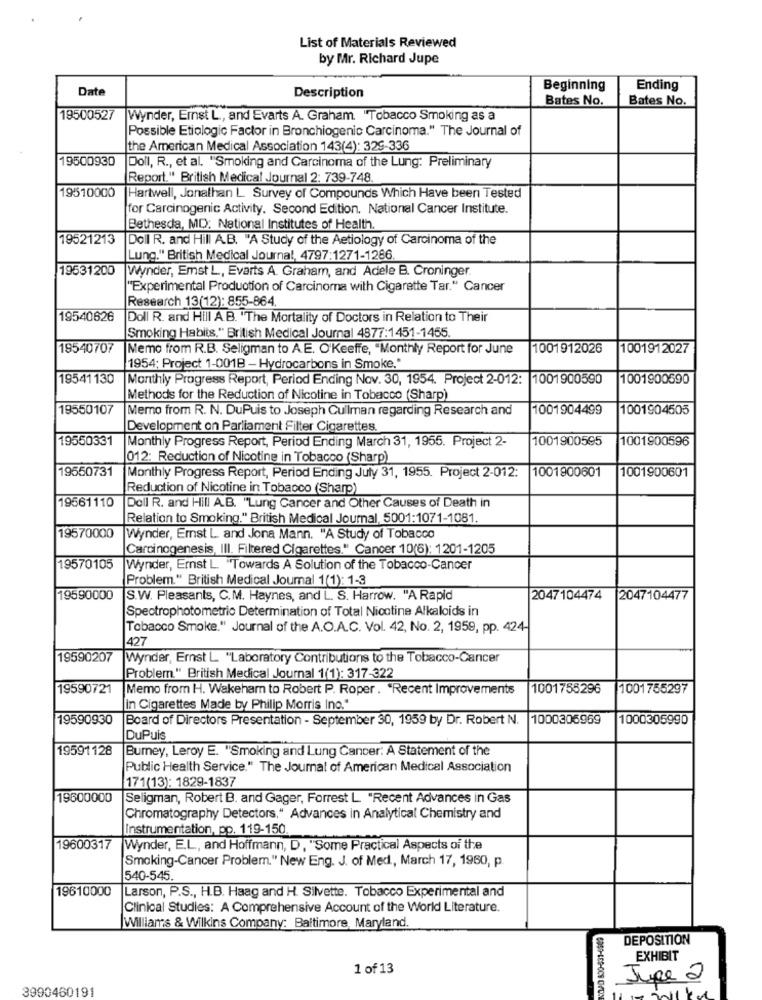
List of Materials Reviewed
by Mr. Richard Jupe
Date
Beginning
Ending
Description
Bates No.
Bates No.
19500527
Wynder, Ernst L ., and Evarts A. Graham. "Tobacco Smoking as a
Possible Etiologic Factor in Bronchiogenic Carcinoma." The Journal of
the American Medical Association 143(4): 329-336
19500930
Doll, R ., et al. "Smoking and Carcinoma of the Lung: Preliminary
Report." British Medical Journal 2: 739-748
19510000
Hartwell, Jonathan L. Survey of Compounds Which Have been Tested
for Carcinogenic Activity. Second Edition. National Cancer Institute.
Bethesda, MD: National Institutes of Health.
19521213
Doll R. and Hill A.B. "A Study of the Aetiology of Carcinoma of the
Lung." British Medical Journal, 4797:1271-1286
19531200
Wynder, Emst L, Evarts A. Graham, and Adele B. Croninger
"Experimental Production of Carcinoma with Cigarette Tar." Cancer
Research 13(12): 855-864.
19540626
Doll R. and Hill A.B. "The Mortality of Doctors in Relation to Their
Smoking Habits," British Medical Journal 4877:1451-1455.
19540707
Memo from R.B. Seligman to A.E. O'Keeffe, "Monthly Report for June
1001912026
1001912027
1954; Project 1-001B - Hydrocarbons in Smoke."
19541 130
Monthly Progress Report, Period Ending Nov. 30, 1954. Project 2-012:
1001900590
1001900590
Methods for the Reduction of Nicotine in Tobacco (Sharp)
19550107
Memo from R. N. DuPuis to Joseph Cullman regarding Research and
1001904499
1001904505
Development on Parliament Filter Cigarettes.
19550331
1001900595
1001900596
Monthly Progress Report, Period Ending March 31, 1955. Project 2-
012: Reduction of Nicotine in Tobacco (Sharp)
19550731
1001900601
Monthly Progress Report, Period Ending July 31, 1955. Project 2-012:
1001900601
Reduction of Nicotine in Tobacco (Sharp)
19561110
Doll R. and Hill A.B. "Lung Cancer and Other Causes of Death in
Relation to Smoking." British Medical Journal, 5001:1071-1081.
19570000
Wynder, Ernst L. and Jona Mann. "A Study of Tobacco
Carcinogenesis, III. Filtered Cigarettes." Cancer 10(6): 1201-1205
19570105
Wynder, Ernst L. "Towards A Solution of the Tobacco-Cancer
Problem.“ British Medical Journal 1(1): 1-3
19590000
S.W. Pleasants, C.M. Haynes, and L. S. Harrow. "A Rapid
2047104474
2047104477
Spectrophotometric Determination of Total Nicotine Alkaloids in
Tobacco Smoke." Journal of the A.O.A.C. Vol. 42, No. 2, 1959, pp. 424-
427
19590207
Wynder, Ernst L "Laboratory Contributions to the Tobacco-Cancer
Problem" British Medical Journal 1(1): 317-322
19590721
Memo from H. Wakeham to Robert P. Roper . "Recent Improvements
1001755296
1001755297
in Cigarettes Made by Philip Morris Inc."
19590930
Board of Directors Presentation - September 30, 1959 by Dr. Robert N.
1000306969
1000305990
DuPuis
19591128
Burney, Leroy E. "Smoking and Lung Cancer: A Statement of the
Public Health Service." The Journal of American Medical Association
171(13): 1829-1837
19600000
Seligman, Robert B. and Gager, Forrest L "Recent Advances in Gas
Chromatography Detectors," Advances in Analytical Chemistry and
Instrumentation, pp. 119-150.
19600317
Wynder, E.L ., and Hoffmann, D, "Some Practical Aspects of the
Smoking-Cancer Problem." New Eng. J. of Med, March 17, 1960, p.
540-545.
19610000
Larson, P.S ., H.B. Haag and H. Silvette. Tobacco Experimental and
Clinical Studies: A Comprehensive Account of the World Literature.
Williams & Wilkins Company: Baltimore, Maryland.
DEPOSITION
EXHIBIT
1 of 13
Jupe 2
3990460191